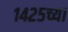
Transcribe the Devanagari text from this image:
१४२५च्या